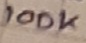
Text: 100K